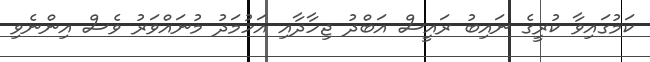
ކަމުގައިވާ ކުރީގެ ނައިބު ރައީސް އަބްދު ޖިހާދާއި އަހުމަދު މުނައްވަރު ވެސް އިންނެވި